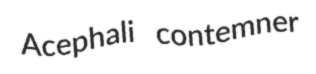
Acephali contemner